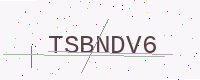
Text: TSBNDV6